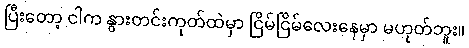
ပြီးတော့ ငါက နွားတင်းကုတ်ထဲမှာ ငြိမ်ငြိမ်လေးနေမှာ မဟုတ်ဘူး။